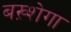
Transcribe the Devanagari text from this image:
बख़्शेगा